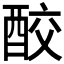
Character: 𨠦